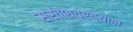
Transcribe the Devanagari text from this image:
सर्वेश्वरदयाल